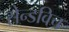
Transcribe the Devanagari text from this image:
सेन्डविच